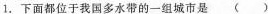
1.下面都位于我国多水带的一组城市是（ ）